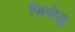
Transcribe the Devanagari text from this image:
जियोङु